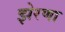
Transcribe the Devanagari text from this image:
झेरणा